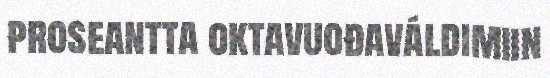
proseantta oktavuođaváldimiin